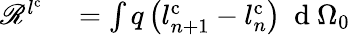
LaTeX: \begin{array}{rl}{\mathscr{R}^{l^{\mathrm{{c}}}}}&{{}=\int q\left(l_{n+1}^{\mathrm{c}}-l_{n}^{\mathrm{c}}\right)\ \mathrm{~d~}{\Omega_{0}}}\end{array}